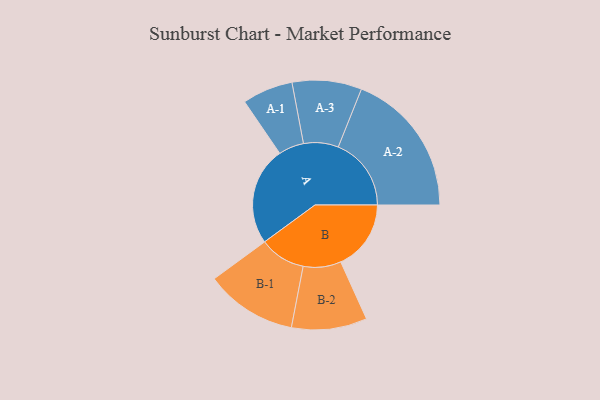
{"axis": {"x": "Segment", "y": "Value"}, "legend": ["", "A", "B"], "data": [{"x": "A", "y": 396, "type": ""}, {"x": "B", "y": 283, "type": ""}, {"x": "A-1", "y": 102, "type": "A"}, {"x": "A-2", "y": 294, "type": "A"}, {"x": "A-3", "y": 140, "type": "A"}, {"x": "B-1", "y": 185, "type": "B"}, {"x": "B-2", "y": 152, "type": "B"}]}